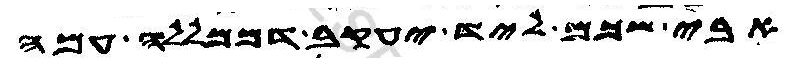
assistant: אבי שכם ליד יעקב דממללה עמה